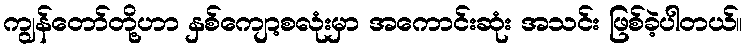
ကျွန်တော်တို့ဟာ နှစ်ကျော့စလုံးမှာ အကောင်းဆုံး အသင်း ဖြစ်ခဲ့ပါတယ်။